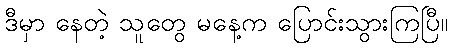
ဒီမှာ နေတဲ့ သူတွေ မနေ့က ပြောင်းသွားကြပြီ။